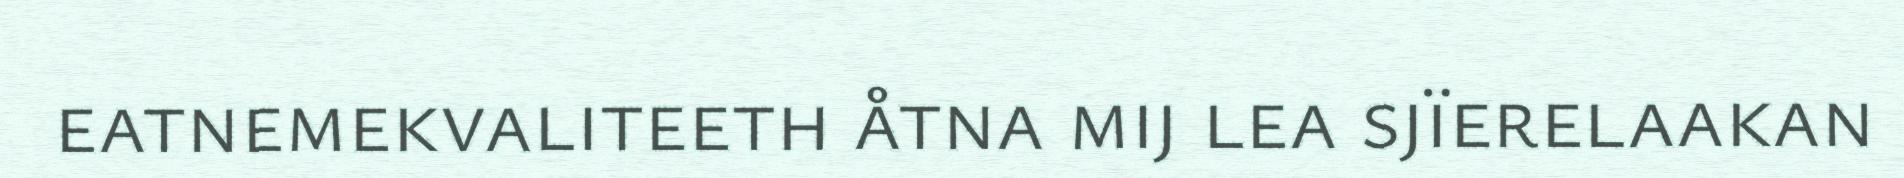
eatnemekvaliteeth åtna mij lea sjïerelaakan